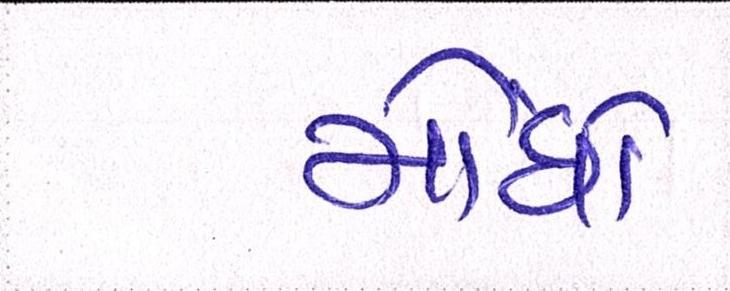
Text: મોંઘો